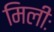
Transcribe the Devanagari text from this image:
मिलीः